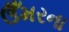
ઉઁમરના